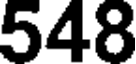
548